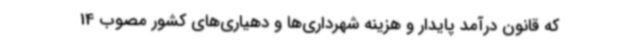
که قانون درآمد پایدار و هزینه شهرداری‌ها و دهیاری‌های کشور مصوب 14